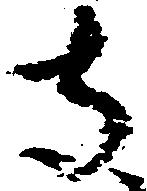
寺